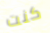
كنت